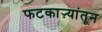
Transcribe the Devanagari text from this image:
फटकाऱ्यांतून